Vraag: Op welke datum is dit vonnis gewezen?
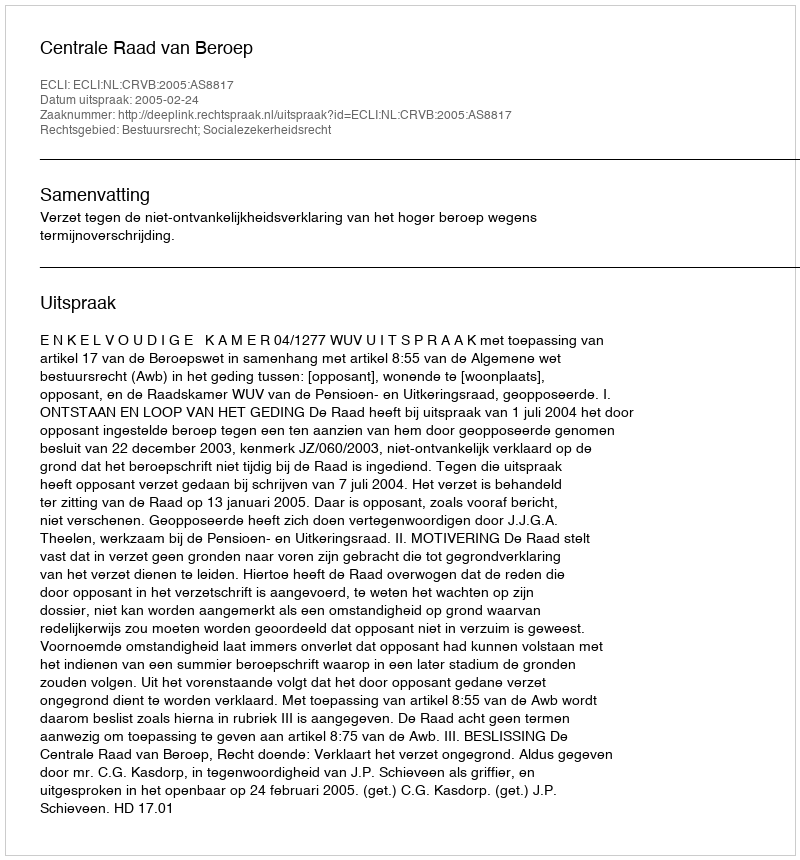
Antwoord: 2005-02-24